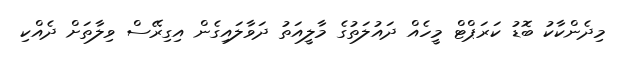
މިދެންކާކު ބޮޑު ކަރަޕްޓް މީހެއް ދައުލަތުގެ މާލީއަތު ދަވާލައިގެން އިގިރޭސް ވިލާތަށް ދެއްކި